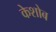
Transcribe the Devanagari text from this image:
केशोब